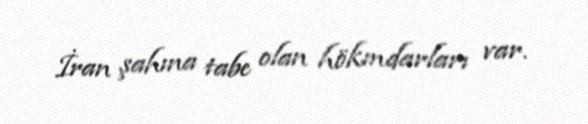
İran şahına tabe olan hökmdarları var.